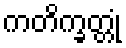
ကတိက္ခတ္တုံ